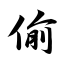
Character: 偷